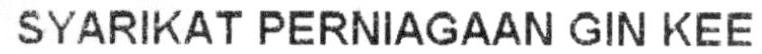
SYARIKAT PERNIAGAAN GIN KEE